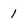
Character: 1